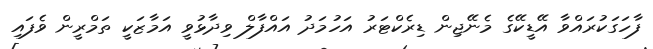
ފާހަގަކުރައްވާ އޭޑީކޭގެ މެނޭޖިން ޑިރެކްޓަރު އަހުމަދު އައްފާލް ވިދާޅުވީ އަމާޒަކީ ތަމްރީން ވެފައި